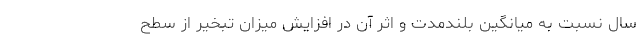
سال نسبت به میانگین بلندمدت و اثر آن در افزایش میزان تبخیر از سطح